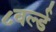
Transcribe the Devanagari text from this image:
८वर्ल्ड